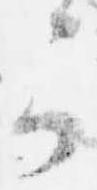
可